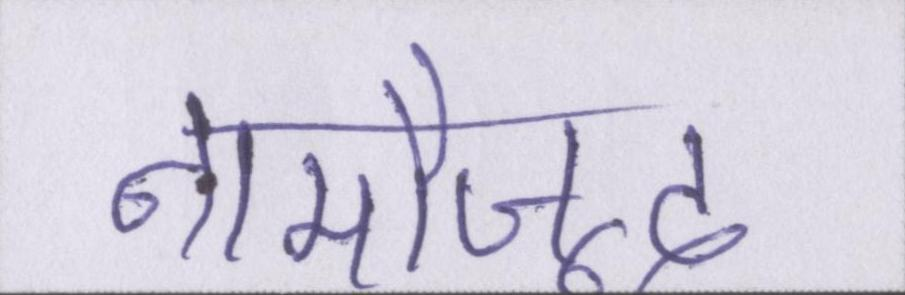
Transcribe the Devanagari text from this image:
नामौजूद